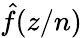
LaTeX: \hat{f}(z/n)